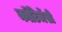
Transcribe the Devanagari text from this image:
कॉटिजेंसी